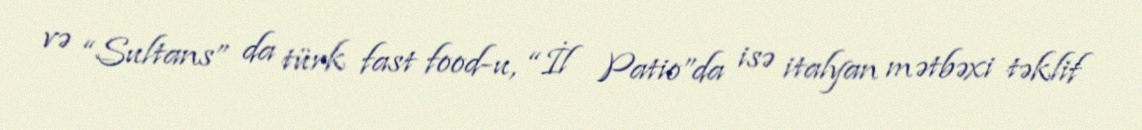
və “Sultans” da türk fast food-u, “İl Patio”da isə italyan mətbəxi təklif